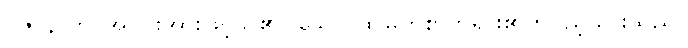
ပဇာနာတိ၊ အပြားအားဖြင့်သိ၏။ သော၊ ထိုမြတ်စွာဘုရား၏တပည့်သားသည်။